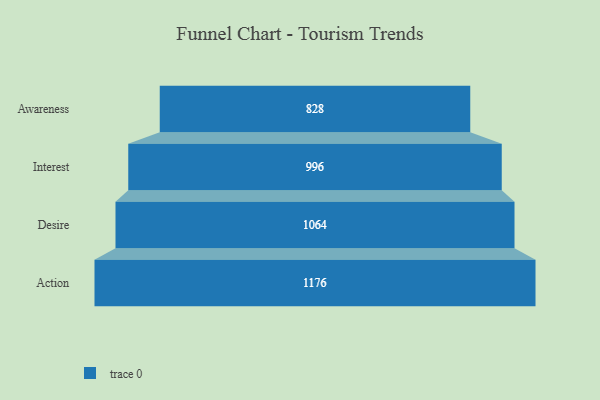
{"axis": {"x": "Stage", "y": "Value"}, "legend": [""], "data": [{"x": "Awareness", "y": 828.0, "type": ""}, {"x": "Interest", "y": 996.0, "type": ""}, {"x": "Desire", "y": 1064.0, "type": ""}, {"x": "Action", "y": 1176.0, "type": ""}]}